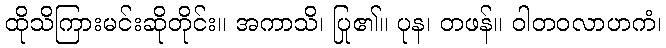
ထိုသိကြားမင်းဆိုတိုင်း။ အကာသိ၊ ပြု၏။ ပုန၊ တဖန်။ ဝါတဝလာဟကံ၊